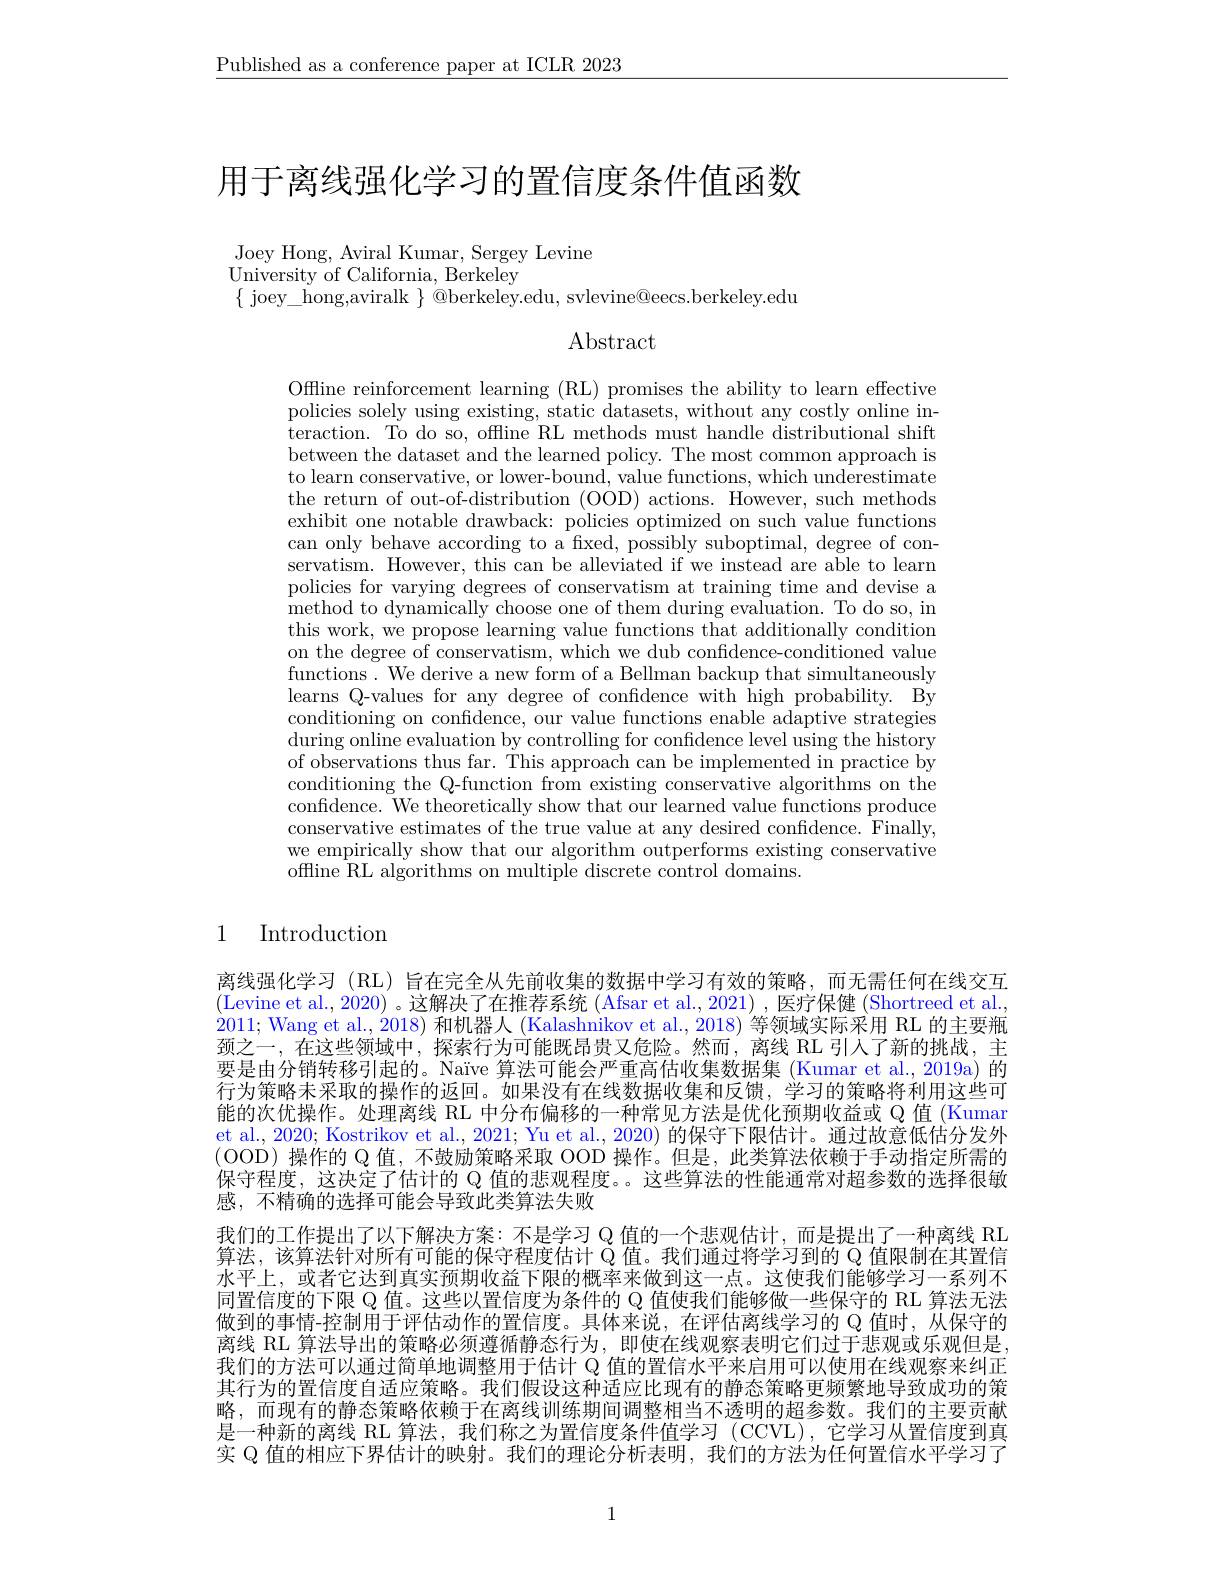
$\underline{\text{Published as a conference paper at ICLR 2023}}$

# 用于离线强化学习的置信度条件值函数

Joey Hong, Aviral Kumar, Sergey Levine
$\mathop{\mathrm{University~of~California,~Berkeley}}$
$\{$ joey\_ hong,aviralk $\}$ @berkeley.edu, svlevine@eecs.berkeley.edu

$\operatorname{Abstract}$

Offline reinforcement learning (RL) promises the ability to learn effective policies solely using existing, static datasets, without any costly online in- ${\mathrm{teraction.~To~do~so,~offline~RL~methods~must~handle~distributional~shift}}$ between the dataset and the learned policy. The most common approach is to learn conservative, or lower-bound, value functions, which underestimate the return of out-of-distribution (OOD) actions. However, such methods exhibit one notable drawback: policies optimized on such value functions can only behave according to a fixed, possibly suboptimal, degree of conservatism. However, this can be alleviated if we instead are able to learn policies for varying degrees of conservatism at training time and devise a method to dynamically choose one of them during evaluation. To do so, in this work, we propose learning value functions that additionally condition on the degree of conservatism, which we dub confidence-conditioned value functions. We derive a new form of a Bellman backup that simultaneously learns Q-values for any degree of confidence with high probability. By conditioning on confidence, our value functions enable adaptive strategies $\bar{\text{during online evaluation by controlling for confidence level using the history}}$ of observations thus far. This approach can be implemented in practice by conditioning the Q-function from existing conservative algorithms on the confidence. We theoretically show that our learned value functions produce conservative estimates of the true value at any desired confidence. Finally, we empirically show that our algorithm outperforms existing conservative ${\mathrm{offline~}}{\dot{\text{RL algorithms on multiple discrete control domains.}}}$

# 1 Introduction

离线强化学习 (RL) 旨在完全从先前收集的数据中学习有效的策略，而无需任何在线交互(Levine et al., 2020) 。这解决了在推荐系统 (Afsar et al., 2021) , 医疗保健 (Shortreed et al., 2011; Wang et al., 2018) 和机器人 (Kalashnikov et al., 2018) 等领域实际采用 RL 的主要瓶颈之一，在这些领域中，探索行为可能既昂贵又危险。然而，离线 RL 引入了新的挑战，主要是由分销转移引起的。Naïve 算法可能会严重高估收集数据集 (Kumar et al., 2019a) 的行为策略未采取的操作的返回。如果没有在线数据收集和反馈，学习的策略将利用这些可能的次优操作。处理离线 RL 中分布偏移的一种常见方法是优化预期收益或 Q 值 (Kumar et al., 2020; Kostrikov et al., 2021; Yu et al., 2020) 的保守下限估计。通过故意低估分发外(OOD)操作的 Q 值，不鼓励策略采取 OOD 操作。但是，此类算法依赖于手动指定所需的保守程度，这决定了估计的 Q 值的悲观程度。。这些算法的性能通常对超参数的选择很敏感，不精确的选择可能会导致此类算法失败
$\begin{array}{l}\text{我们的工作提出了以下解决方案：不是学习 Q 值的一个悲观估计，而是提出了一种离线 RL}\\\text{算法，该算法针对所有可能的保守程度估计 Q 值。我们通过将学习到的 Q 值限制在其置信}\end{array}$ 水平上，或者它达到真实预期收益下限的概率来做到这一点。这使我们能够学习一系列不同置信度的下限 Q 值。这些以置信度为条件的 Q 值使我们能够做一些保守的 RL 算法无法做到的事情-控制用于评估动作的置信度。具体来说，在评估离线学习的$\mathbb{Q}$值时，从保守的离线 RL 算法导出的策略必须遵循静态行为，即使在线观察表明它们过于悲观或乐观但是我们的方法可以通过简单地调整用于估计 Q 值的置信水平来启用可以使用在线观察来纠正其行为的置信度自适应策略。我们假设这种适应比现有的静态策略更频繁地导致成功的策略，而现有的静态策略依赖于在离线训练期间调整相当不透明的超参数。我们的主要贡献是一种新的离线 RL 算法，我们称之为置信度条件值学习 (CCVL),它学习从置信度到真实 Q 值的相应下界估计的映射。我们的理论分析表明，我们的方法为任何置信水平学习了

1